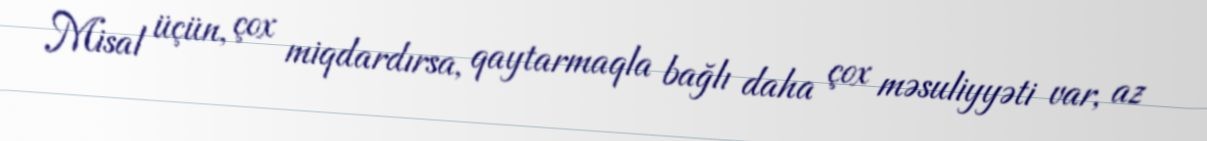
Misal üçün, çox miqdardırsa, qaytarmaqla bağlı daha çox məsuliyyəti var, az